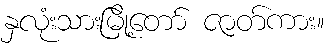
နှလုံးသားမြို့တော် ဇာတ်ကား။